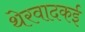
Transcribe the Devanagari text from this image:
थेरवादकई